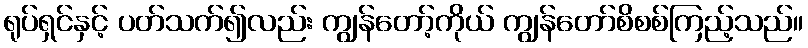
ရုပ်ရှင်နှင့် ပတ်သက်၍လည်း ကျွန်တော့်ကိုယ် ကျွန်တော်စိစစ်ကြည့်သည်။